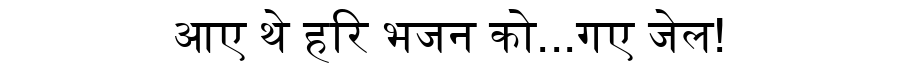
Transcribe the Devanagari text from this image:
आए थे हरि भजन को...गए जेल!